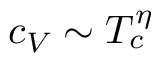
c _ { V } \sim T _ { c } ^ { \eta }